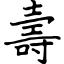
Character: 壽